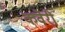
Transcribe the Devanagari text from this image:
कवेरी